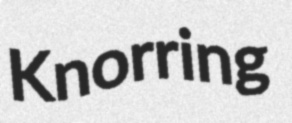
Knorring